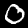
Digit: 0